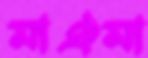
মাঐমা